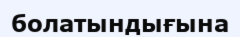
болатындығына